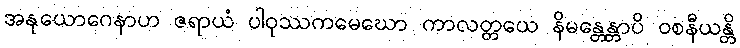
အနုယောဂေနာဟ ဇရာယံ ပါဝုဿကမေဃော ကာလတ္တယေ နိမန္တေန္တာပိ ဝစနီယန္တိ